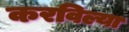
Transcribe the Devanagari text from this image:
करविल्या